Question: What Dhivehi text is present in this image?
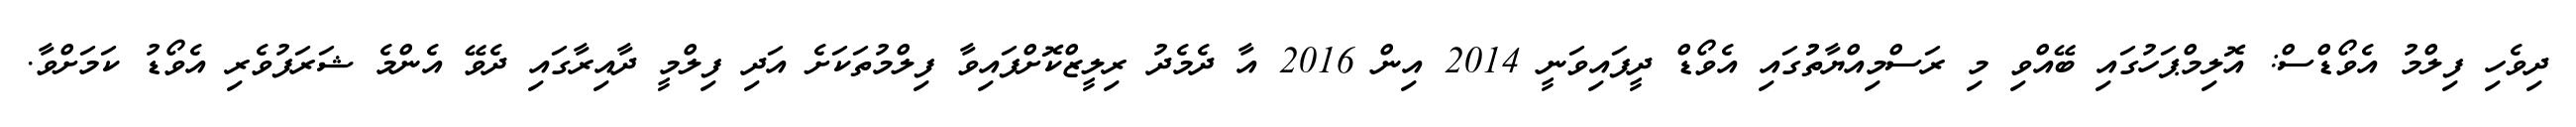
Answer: ދިވެހި ފިލްމު އެވޯޑްސް: އޮލިމްޕަހުގައި ބޭއްވި މި ރަސްމިއްޔާތުުގައި އެވޯޑް ދީފައިވަނީ 2014 އިން 2016 އާ ދެމެދު ރިލީޒްކޮށްފައިވާ ފިލްމުތަކަށެ އަދި ފިލްމީ ދާއިރާގައި ދެވޭ އެންމެ ޝަރަފުވެރި އެވޯޑު ކަމަށްވާ.